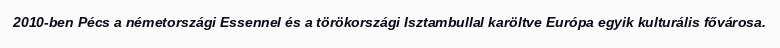
2010-ben Pécs a németországi Essennel és a törökországi Isztambullal karöltve Európa egyik kulturális fővárosa.